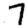
Digit: 7